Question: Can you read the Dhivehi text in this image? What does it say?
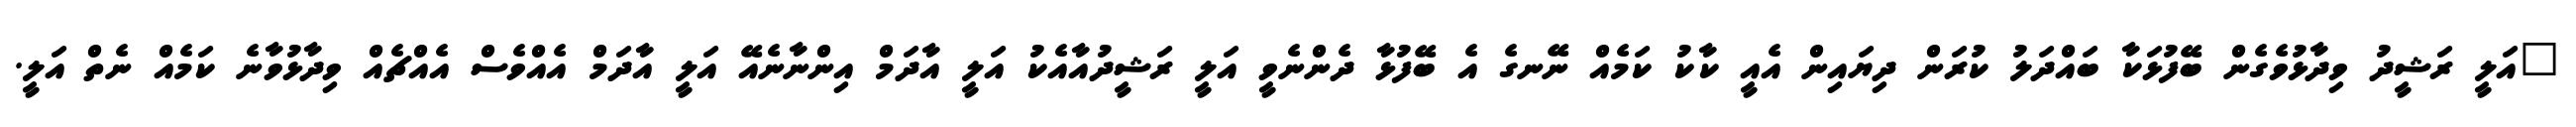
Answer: "އަލީ ރަޝީދު ވިދާޅުވެގެން ބޭފުޅަކާ ބައްދަލު ކުރަން ދިޔައިން އެއީ ކާކު ކަމެއް ނޭނގެ އެ ބޭފުޅާ ދެންނެވީ އަލީ ރަޝީދުއާއެކު އަލީ އާދަމް އިންނާނެއޭ އަލީ އާދަމް އެއްވެސް އެއްޗެއް ވިދާޅުވާނެ ކަމެއް ނެތް އަލީ.